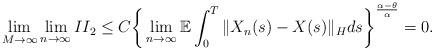
\begin{align*}\lim_{M\rightarrow\infty}\lim_{n\rightarrow\infty} II_2 \leq C \bigg\{ \lim_{n\rightarrow\infty}\mathbb{E} \int_0^{T} \Vert X_n(s) - X(s) \Vert_H ds \bigg\}^{\frac{\alpha-\theta}{\alpha}} = 0 .\end{align*}